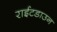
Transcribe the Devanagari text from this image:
राईटडाउन